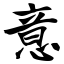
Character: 意